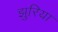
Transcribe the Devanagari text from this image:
झुरिया